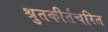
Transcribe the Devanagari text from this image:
श्रुतकीर्तचरित